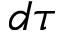
d \tau